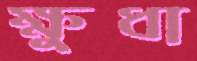
ক্ষুধা